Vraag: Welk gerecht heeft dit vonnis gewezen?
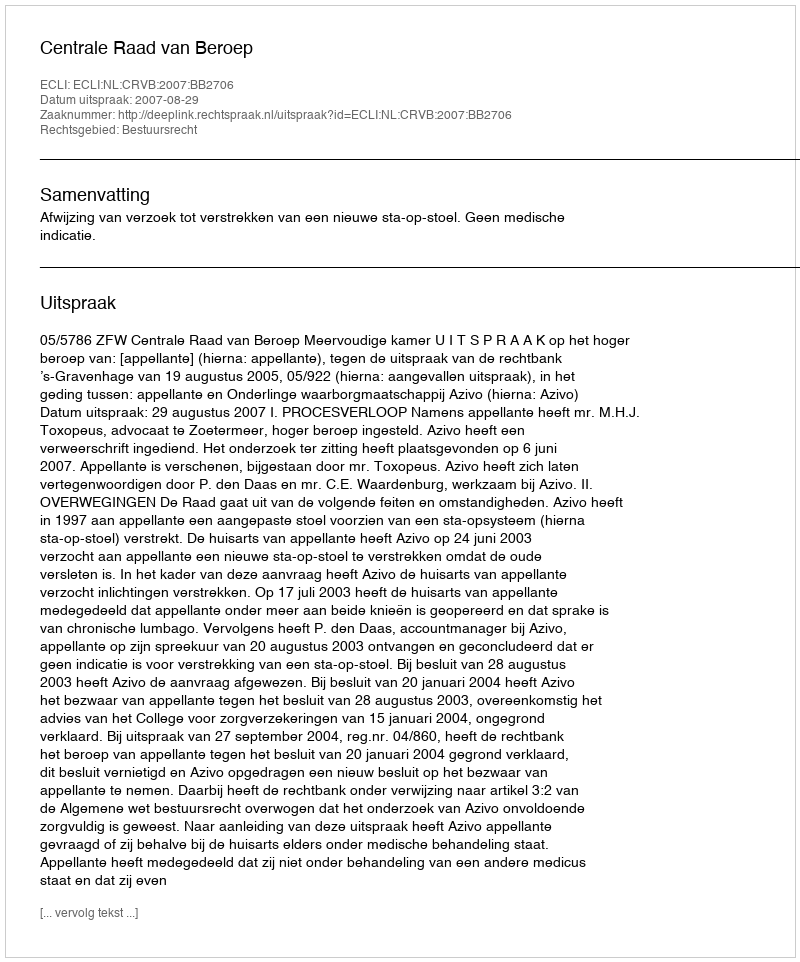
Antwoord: Centrale Raad van Beroep